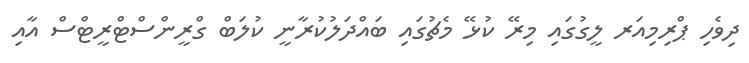
ދިވެހި ޕްރިމިއަރ ލީގުގައި މިރޭ ކުޅޭ މެޗުގައި ބައްދަލުކުރާނީ ކުލަބް ގްރީންސްޓްރީޓްސް އާއި